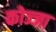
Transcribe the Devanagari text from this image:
कोज्जा